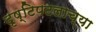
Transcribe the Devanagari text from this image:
दृष्टिपटलाच्या